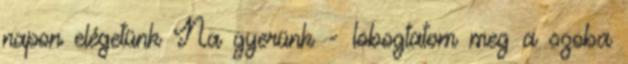
napon elégetünk Na gyerünk - lobogtatom meg a szoba